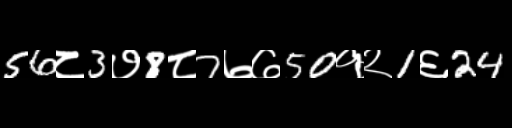
Text: 56८3७8८7७७50१२1६24